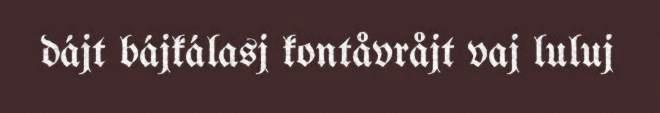
dájt bájkálasj kontåvråjt vaj luluj